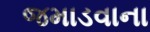
જમાડવાના